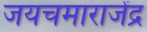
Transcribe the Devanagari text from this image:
जयचमाराजेंद्र